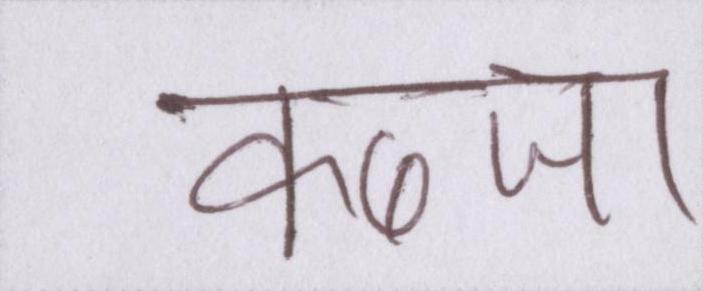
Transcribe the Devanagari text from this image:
कब्जा